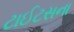
ટાઈટસના